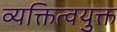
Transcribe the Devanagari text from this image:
व्यक्तित्वयुक्त